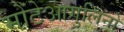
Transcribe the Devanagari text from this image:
मोंटेआगुलिनो